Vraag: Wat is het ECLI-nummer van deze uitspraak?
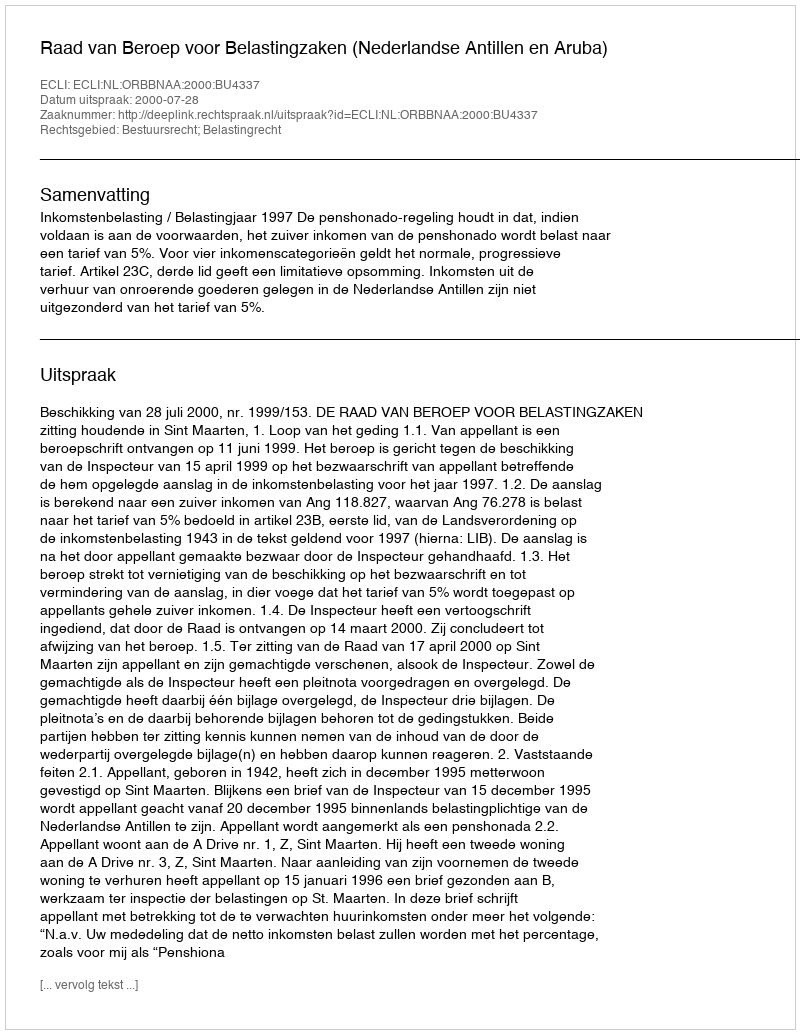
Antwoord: ECLI:NL:ORBBNAA:2000:BU4337